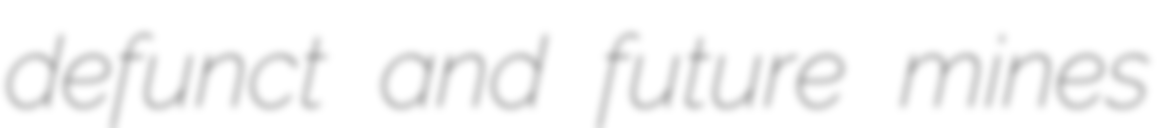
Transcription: defunct and future mines